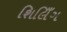
શિલિઁગ